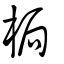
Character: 梮